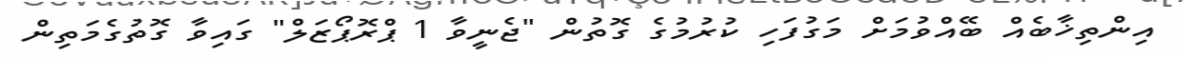
އިންތިޚާބެއް ބޭއްވުމަށް މަގުފަހި ކުރުމުގެ ގޮތުން "ޖެނީވާ 1 ޕްރޮޕޯޒަލް" ގައިވާ ގޮތުގެމަތިން